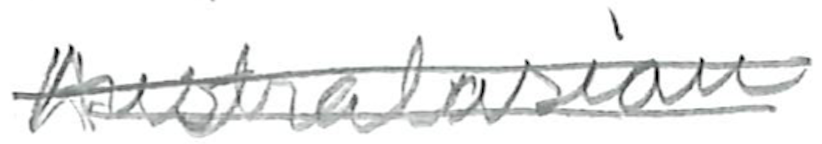
Text: Australasian
Cross-out: double-line
Writing tool: pencil